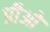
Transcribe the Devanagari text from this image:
प्रीओ